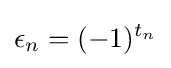
\epsilon _{n}=(-1)^{t_{n}}